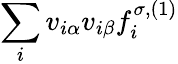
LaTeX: \sum_{i}v_{i\alpha}v_{i\beta}f_{i}^{\sigma,(1)}